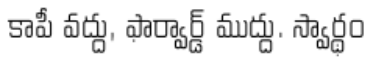
కాపీ వద్దు, ఫార్వార్డ్ ముద్దు. స్వార్థం